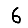
Digit: 6